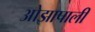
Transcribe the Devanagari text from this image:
ओझापाली